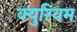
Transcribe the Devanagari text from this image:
क्युरियम